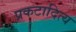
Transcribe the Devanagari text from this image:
प्रकटादित्य